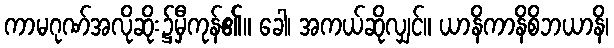
ကာမဂုဏ်အလိုဆိုး၌မှီကုန်၏။ ခေါ၊ အကယ်ဆိုလျှင်။ ယာနိကာနိစိဘယာနိ၊